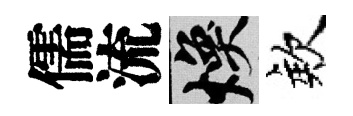
儒流焕欸